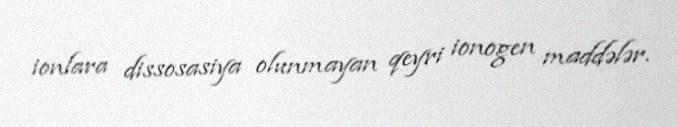
ionlara dissosasiya olunmayan qeyri ionogen maddələr.